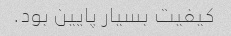
کیفیت بسیار پایین بود.